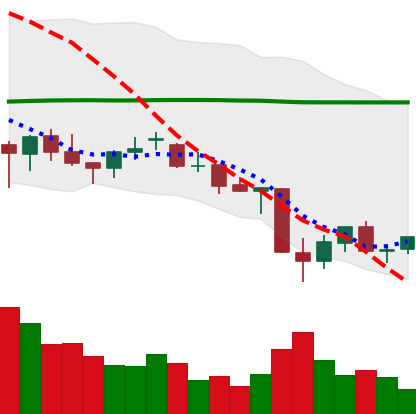
Ticker: EOS-USD
Chart end date: 2021-06-27
Forward return: 4.458%
Label: up_3_5